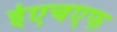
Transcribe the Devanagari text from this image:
ईएचएफ